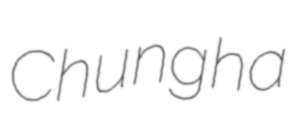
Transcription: Chungha